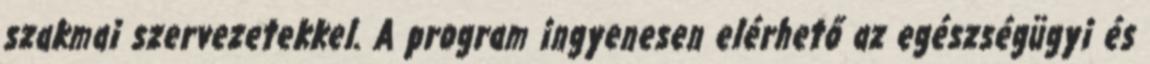
szakmai szervezetekkel. A program ingyenesen elérhető az egészségügyi és